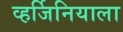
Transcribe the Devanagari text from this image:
व्हर्जिनियाला